system: You are a helpful assistant.
user:
Analyze the provided spectrum to determine if it is a **Carbon Star (C-type)**.

- **Key Visual Indicators of Carbon Star:**
    - **(Primary):** Strong molecular absorption from **C₂ (diatomic carbon) "Swan Bands."** This is the **defining feature** of a carbon star.
        - **(Key Bandheads):** Sharp absorption edges are visible at approximately $5635$ Å, $5165$ Å (the strongest band), and $4737$ Å.
        - **(Line Profile):** Creates a distinct **"saw-tooth"** pattern. The key morphology is a sharp, steep bandhead on the **red (long-wavelength) side**, which then gradually tapers off (i.e., flux recovers) towards the **blue (short-wavelength) side**. *(This is the direct opposite of the TiO bands seen in M-type stars)*.

    - **(Secondary):** Intense **CN (cyanogen)** molecular absorption bands.
        - **(Key Bandheads):** Located in the blue and violet regions of the spectrum (e.g., near $4215$ Å and $3883$ Å).
        - **(Morphology):** These bands are extremely broad and act as a "blanket," absorbing the vast majority of blue and violet light. This creates a characteristic **"cliff"** or **"steep drop-off"** in the spectrum's flux at short wavelengths.

    - **(Key Confirmation):** Strong **CH absorption band (G-band)**.
        - **(Key Bandhead):** Located around $4300$ Å. The contribution from CH molecules to this band is exceptionally strong.

    - **(Overall Spectrum):**
        - The continuum is severely "chopped up" by these deep molecular bands, especially C₂, rather than appearing as a smooth curve.
        - Due to the heavy CN and C₂ absorption in the blue-green, the vast majority of the star's flux is concentrated in the red part of the spectrum, giving the star its characteristic deep red color.

Think first, call **spectral_visualization_tool** if needed to examine features in detail, then provide your final answer. Your response must adhere to the following strict rules:
1.  **Overall Structure:** Your response must follow the format `<think>...</think> <tool_call>...</tool_call> (if a tool is used) <answer>...</answer>`.
2.  **Tool Usage Constraint:** You may only make **one** tool call per turn.
3.  **Final Answer Format:** In the `<answer>` tag, your conclusion must be inside a `\boxed{}` command (e.g., `\boxed{YES}`), followed by your justification.

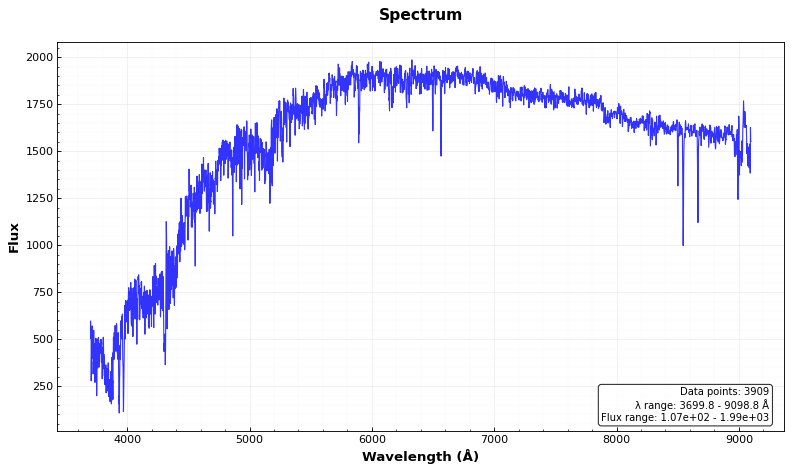
Answer: YES